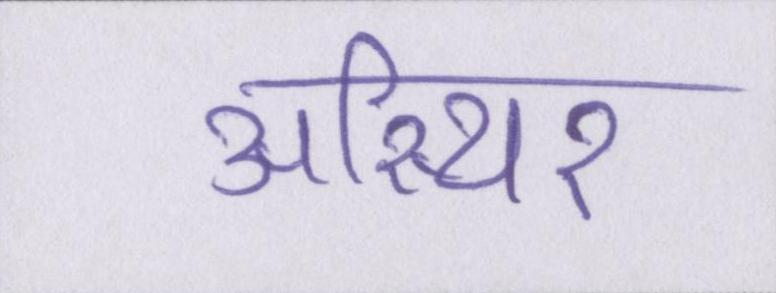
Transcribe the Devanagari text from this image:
अस्थिर